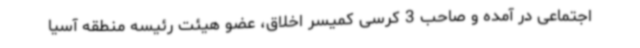
اجتماعی در آمده و صاحب 3 کرسی کمیسر اخلاق، عضو هیئت رئیسه منطقه آسیا